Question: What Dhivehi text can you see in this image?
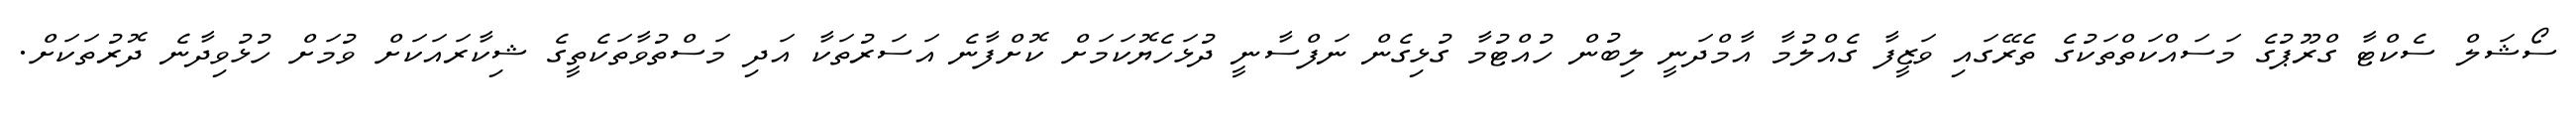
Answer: ސޯޝަލް ސެކްޓާ ގްރޫޕުގެ މަސައްކަތްތަކުގެ ތެރޭގައި ވަޒީފާ ގެއްލުމާ އާމްދަނީ ލިބުން ހުއްޓުމާ ގުޅިގެން ނަފްސާނީ ދުޅަހެޔޮކަމަށް ކޮށްފާނެ އަސަރުތަކާ އަދި މަސްތުވާތަކެތީގެ ޝިކާރައަކަށް ވުމަށް ހުޅުވިދާނެ ދޮރުތަކަށް.